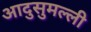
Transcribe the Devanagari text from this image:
आदुसुमल्ली